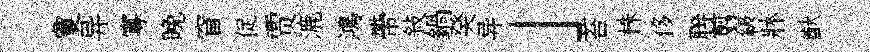
夐异寡晩窅促贾漉鴻帶敍鍋癸异」苔株侈聨翦級牀猷